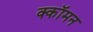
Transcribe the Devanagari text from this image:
क्कॉमन